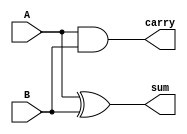
//code to implement Half Adder using Dataflow Modelling

module exp_df(sum, carry, A, B);
input A, B; output sum, carry;
assign sum = A^B;
assign carry = A&B;
endmodule